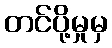
တင်ပို့မှုမှ